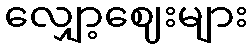
လျှော့ဈေးများ